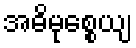
အဓိမုစ္စေယျ